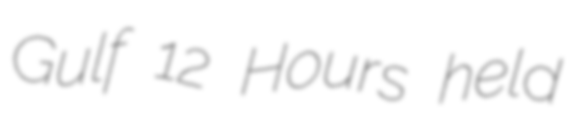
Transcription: Gulf 12 Hours held